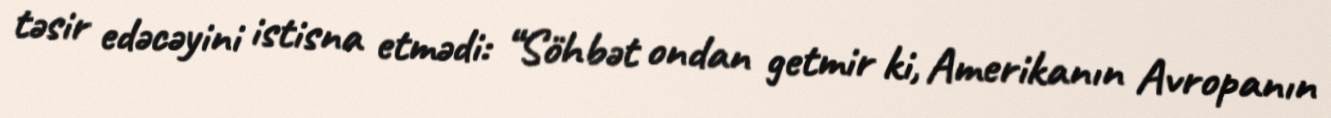
təsir edəcəyini istisna etmədi: “Söhbət ondan getmir ki, Amerikanın Avropanın